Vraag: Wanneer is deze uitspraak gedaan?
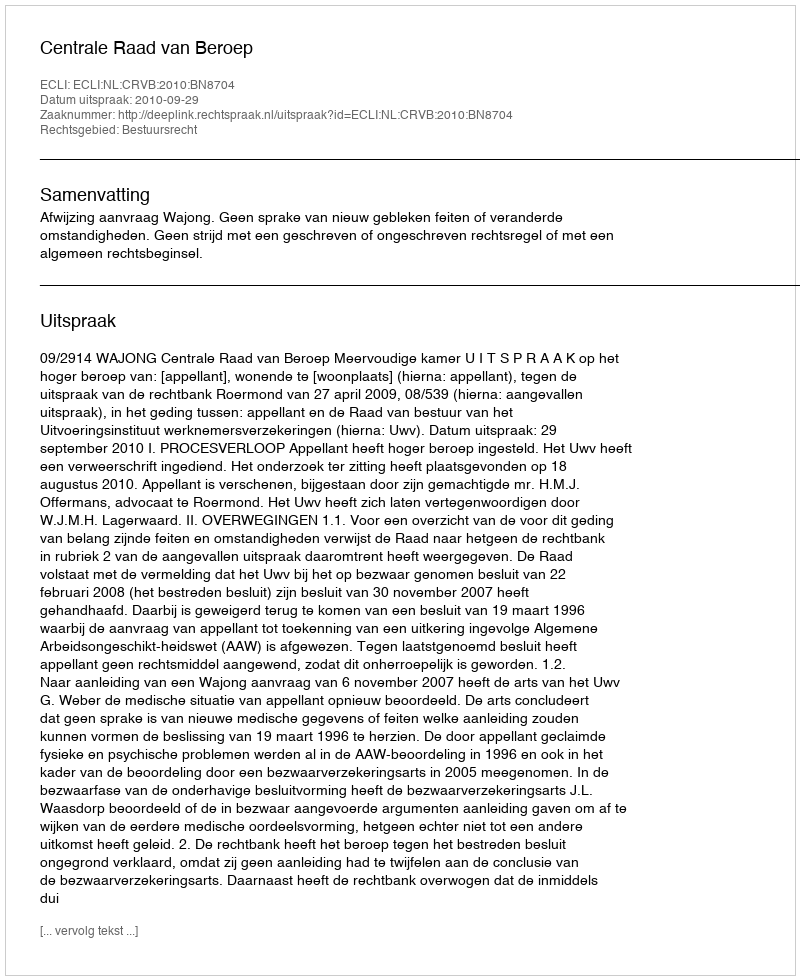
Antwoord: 2010-09-29